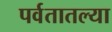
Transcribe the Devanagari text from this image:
पर्वतातल्या